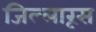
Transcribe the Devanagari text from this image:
जिल्लारूस